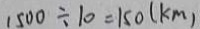
1 5 0 0 \div 1 0 = 1 5 0 ( k m )